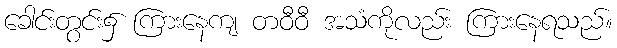
ခေါင်းတွင်း၌ ကြားနေကျ တဝီဝီ အသံကိုလည်း ကြားနေရသည်။